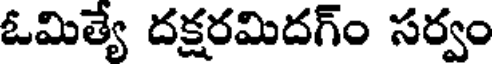
ఓమిత్యే దక్షరమిదగ్ం సర్వం